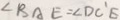
\angle B A E = \angle D C ^ { \prime } E